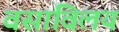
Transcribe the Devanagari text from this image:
वसाविलय